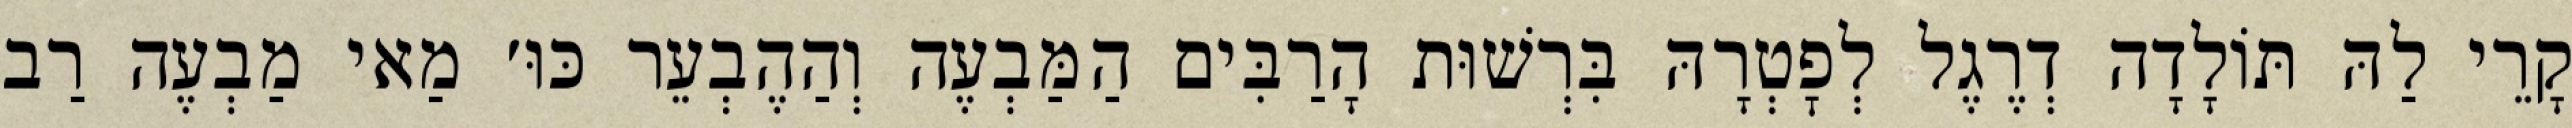
קָרֵי לַהּ תּוֹלָדָה דְרֶגֶל לְפׇטְרָהּ בִּרְשׁוּת הָרַבִּים הַמַּבְעֶה וְהַהֶבְעֵר כּוּ׳ מַאי מַבְעֶה רַב